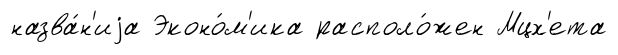
назва́н'иjа Эконо́м'ика располо́жен Мцх'ета